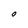
Character: O